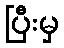
ပြီးမှ